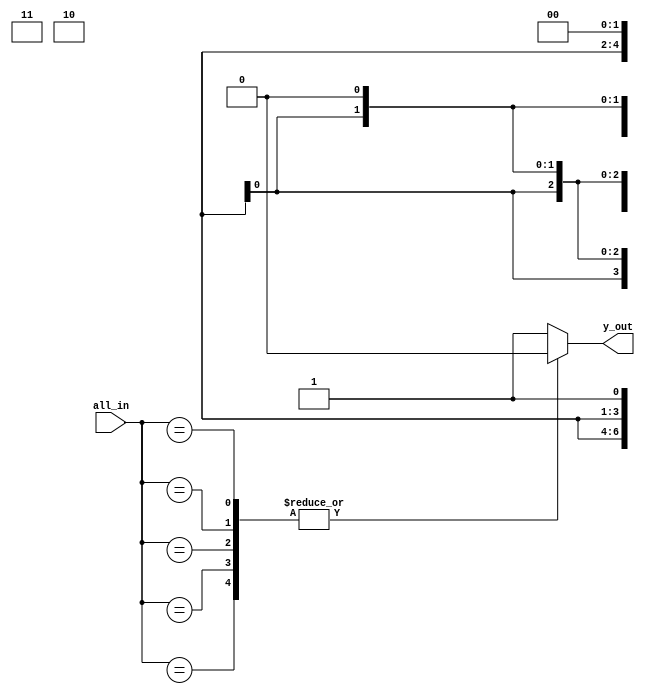
module ci74153(
         input [6:0] all_in,
			output reg [0:0] y_out
);

always @(all_in)  ///
begin 

case(all_in)

7'bxxxxxx1: y_out = 1'b0;
7'b000xxx0: y_out = 1'b0;
7'b001xxx0: y_out = 1'b1;
7'b01x0xx0: y_out = 1'b0;
7'b01x1xx0: y_out = 1'b1;
7'b10xx0x0: y_out = 1'b0;
7'b10xx1x0: y_out = 1'b1;
7'b11xxx00: y_out = 1'b0;
default: y_out = 1'b1;

endcase

end


endmodule